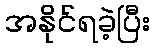
အနိုင်ရခဲ့ပြီး